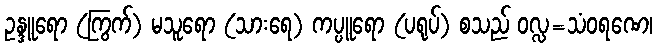
ဥန္ဒူရော (ကြွက်) မသူရော (သားရေ) ကပ္ပူရော (ပရုပ်) စသည် ဝလ္လ=သံဝရဏေ၊